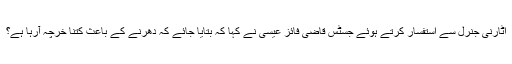
اٹارنی جنرل سے استفسار کرتے ہوئے جسٹس قاضی فائز عیسیٰ نے کہا کہ بتایا جائے کہ دھرنے کے باعث کتنا خرچہ آرہا ہے؟